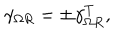
\gamma _ { \Omega R } = \pm \gamma _ { \Omega R } ^ { T } ,